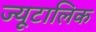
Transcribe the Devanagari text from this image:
ज्यूटालिक